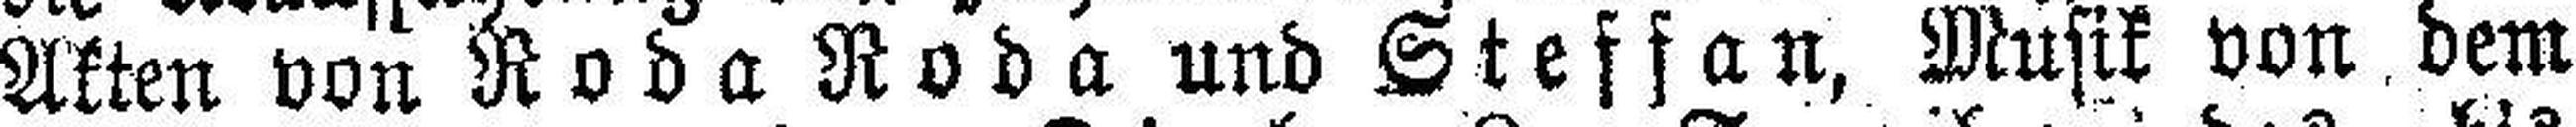
Akten von Roda Roda und Steffan, Musik von, dem